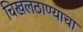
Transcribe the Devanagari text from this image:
चिखलठाण्याचा